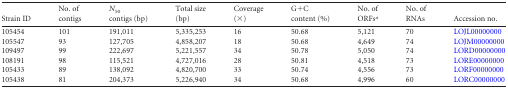
| Strain ID | No. of contigs | N50 contigs (bp) | Total size (bp) | Coverage (×) | G+C content (%) | No. of ORFsa | No. of RNAs | Accession no. |
 | --- | --- | --- | --- | --- | --- | --- | --- | --- |
 | 105454 | 101 | 191,011 | 5,335,253 | 16 | 50.68 | 5,121 | 70 | LOJL00000000 |
 | 105547 | 93 | 127,705 | 4,858,207 | 18 | 50.68 | 4,649 | 74 | LOJM00000000 |
 | 109497 | 99 | 222,697 | 5,221,557 | 34 | 50.78 | 5,050 | 74 | LORD00000000 |
 | 108191 | 98 | 115,521 | 4,727,016 | 28 | 50.81 | 4,518 | 73 | LORE00000000 |
 | 105433 | 89 | 138,092 | 4,820,700 | 33 | 50.74 | 4,556 | 73 | LORF00000000 |
 | 105438 | 81 | 204,373 | 5,226,940 | 34 | 50.68 | 4,996 | 60 | LORC00000000 |